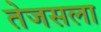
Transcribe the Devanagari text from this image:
तेजसला